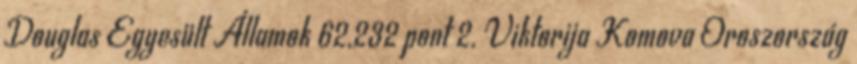
Douglas Egyesült Államok 62,232 pont 2. Viktorija Komova Oroszország